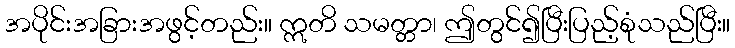
အပိုင်းအခြားအဖွင့်တည်း။ ဣတိ သမတ္တာ၊ ဤတွင်၍ပြီးပြည့်စုံသည်ပြီး။